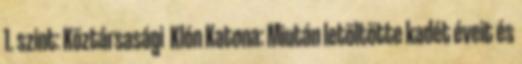
1. szint: Köztársasági Klón Katona: Miután letöltötte kadét éveit és